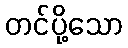
တင်ပို့သော